Civil Veterinary Dept. Bombay admin report 1907-1913 - 1907-1913
Year: 1907
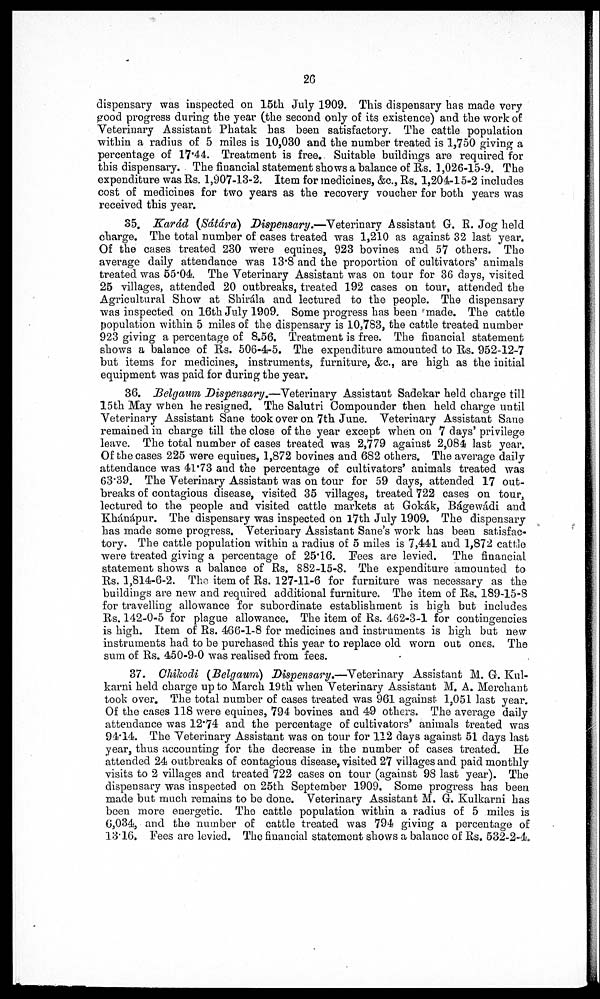
26
dispensary was inspected on 15th July 1909. This dispensary has made very
good progress during the year (the second only of its existence) and the work of
Veterinary Assistant Phatak has been satisfactory. The cattle population
within a radius of 5 miles is 10,030 and the number treated is 1,750 giving a
percentage of 17.44. Treatment is free. Suitable buildings are required for
this dispensary. The financial statement shows a balance of Rs. 1,026-15-9. The
expenditure was Rs. 1,907-13-2. Item for medicines, &c., Rs, 1,204-15-2 includes
cost of medicines for two years as the recovery voucher for both years was
received this year.
35. Karád (Sátára) Dispensary.—Veterinary Assistant G. R. Jog held
charge. The total number of cases treated was 1,210 as against 32 last year.
Of the cases treated 230 were equines, 923 bovines and 57 others. The
average daily attendance was 13.8 and the proportion of cultivators' animals
treated was 55.04. The Veterinary Assistant was on tour for 36 days, visited
25 villages, attended 20 outbreaks, treated 192 cases on tour, attended the
Agricultural Show at Shirála and lectured to the people. The dispensary
was inspected on 16th July 1909. Some progress has been made. The cattle
population within 5 miles of the dispensary is 10,783, the cattle treated number
923 giving a percentage of 8.56. Treatment is free. The financial statement
shows a balance of Rs. 506-4-5. The expenditure amounted to Rs. 952-12-7
but items for medicines, instruments, furniture, &c, are high as the initial
equipment was paid for during the year.
36. Belgaum Dispensary.—Veterinary Assistant Sadekar held charge till
15th May when he resigned. The Salutri Compounder then held charge until
Veterinary Assistant Sane took over on 7th June. Veterinary Assistant Sane
remained in charge till the close of the year except when on 7 days' privilege
leave. The total number of cases treated was 2,779 against 2,084 last year.
Of the cases 225 were equines, 1,872 bovines and 682 others. The average daily
attendance was 41.73 and the percentage of cultivators' animals treated was
63.39. The Veterinary Assistant was on tour for 59 days, attended 17 out-
breaks of contagious disease, visited 35 villages, treated 722 cases on tour,
lectured to the people and visited cattle markets at Gokák, Bágewádi and
Khánápur. The dispensary was inspected on 17th July 1909. The dispensary
has made some progress. Veterinary Assistant Sane's work has been satisfac-
tory. The cattle population within a radius of 5 miles is 7,441 and 1,872 cattle
were treated giving a percentage of 25.16. Pees are levied. The financial
statement shows a balance of Rs. 882-15-8. The expenditure amounted to
Rs. 1,814-6-2. The item of Rs. 127-11-6 for furniture was necessary as the
buildings are new and required additional furniture. The item of Rs. 189-15-8
for travelling allowance for subordinate establishment is high but includes
Rs. 142-0-5 for plague allowance. The item of Rs. 462-3-1 for contingencies
is high. Item of Rs. 466-1-8 for medicines and instruments is high but new
instruments had to be purchased this year to replace old worn out ones. The
sum of Rs. 450-9-0 was realised from fees.
37. Chihodi (Belgaum) Dispensary.—Veterinary Assistant M. G. Kul-
karni held charge up to March 19th when Veterinary Assistant M. A. Merchant
took over. The total number of cases treated was 961 against 1,051 last year.
Of the cases 118 were equines, 794 bovines and 49 others. The average daily
attendance was 12.74 and the percentage of cultivators' animals treated was
94.14. The Veterinary Assistant was on tour for 112 days against 51 days last
year, thus accounting for the decrease in the number of cases treated. He
attended 24 outbreaks of contagious disease, visited 27 villages and paid monthly
visits to 2 villages and treated 722 cases on tour (against 98 last year). The
dispensary was inspected on 25th September 1909. Some progress has been
made but much remains to be done. Veterinary Assistant M. G. Kulkarni has
been more energetic. The cattle population within a radius of 5 miles is
6,034, and the number of cattle treated was 794 giving a percentage of
13.16. Fees are levied. The financial statement shows a balance of Rs. 532-2-4.